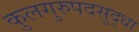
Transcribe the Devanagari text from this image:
कुलगुरुपदसुद्धा